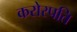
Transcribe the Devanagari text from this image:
करोरपति